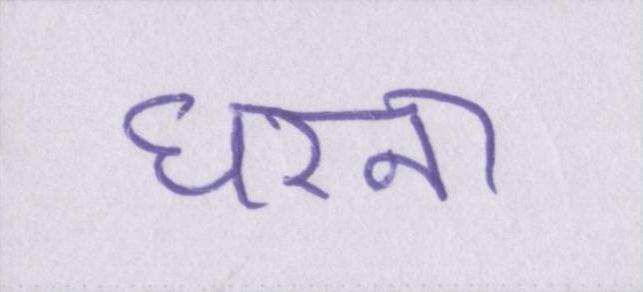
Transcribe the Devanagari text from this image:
धरना